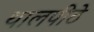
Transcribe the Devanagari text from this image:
थालपीठे